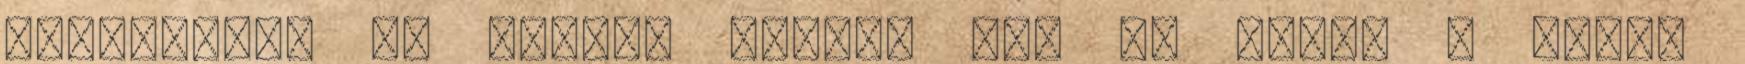
közösségei is gyalog teszik meg az utat. A búcsú